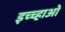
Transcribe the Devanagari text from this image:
इच्च्हाओं